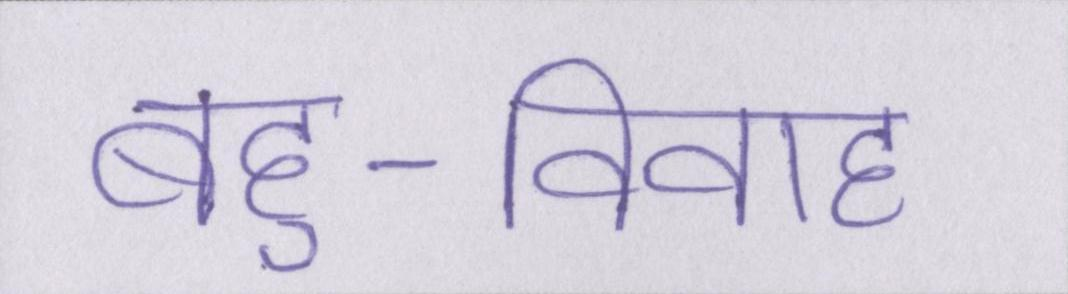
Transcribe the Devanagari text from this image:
बहु-विवाह